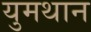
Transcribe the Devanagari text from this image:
युमथान